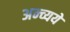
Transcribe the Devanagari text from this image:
अन्व्यये